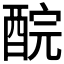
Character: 𨠻